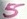
Text: 5